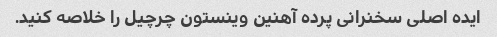
ایده اصلی سخنرانی پرده آهنین وینستون چرچیل را خلاصه کنید.